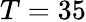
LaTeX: T=35